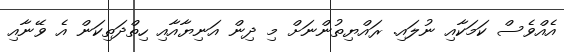
އެއްވެސް ކަމަކާއި ނުލައި. ރައްޔިތުންނަށް މި ދިން އަނިޔާއާއި ހިތްދަތިކަން އެ ވޭނާއި